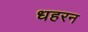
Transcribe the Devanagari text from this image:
धहरन